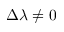
\Delta \lambda \neq 0